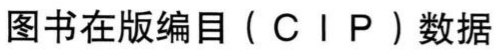
图书在版编目（C I P）数据